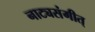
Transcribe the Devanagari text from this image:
नाट्यसंगीत्